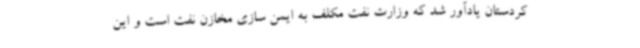
کردستان یادآور شد که وزارت نفت مکلف به ایمن سازی مخازن نفت است و این